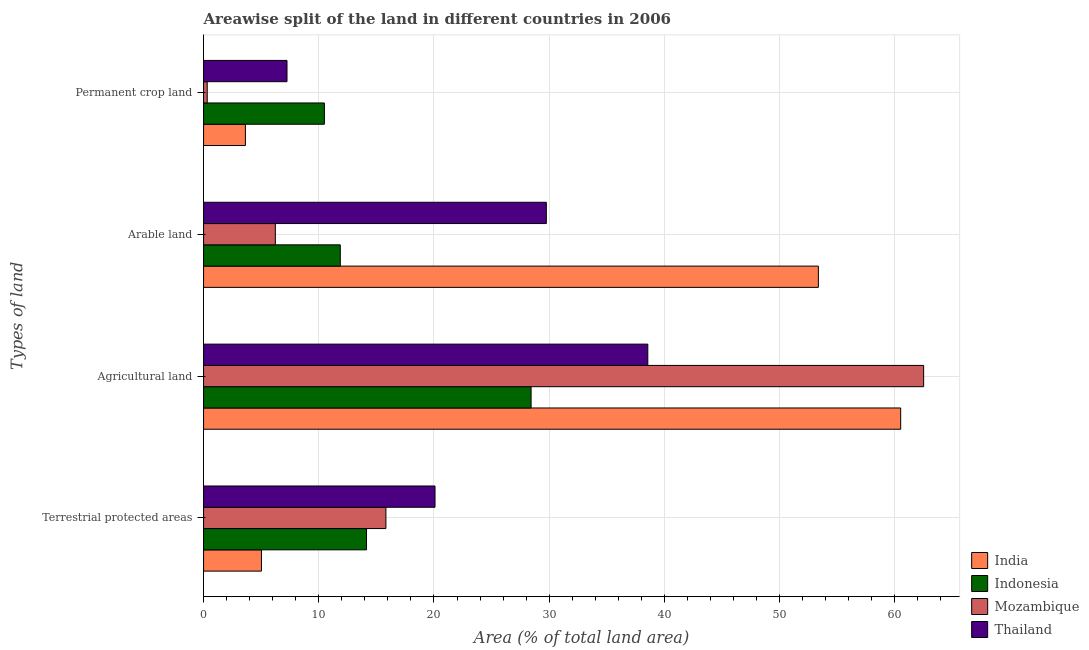
| Types of land | India | Indonesia | Mozambique | Thailand |
 | --- | --- | --- | --- | --- |
 | Terrestrial protected areas | 5.03 | 14.1 | 15.8 | 20.1 |
 | Agricultural land | 60.5 | 28.4 | 62.5 | 38.6 |
 | Arable land | 53.4 | 11.9 | 6.23 | 29.8 |
 | Permanent crop land | 3.63 | 10.5 | 0.318 | 7.24 |